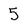
Character: 5